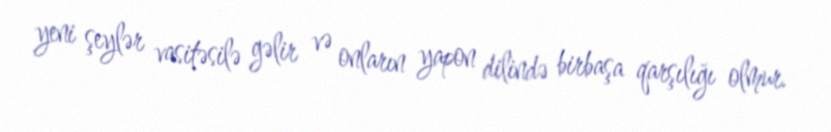
yeni şeylər vasitəsilə gəlir və onların yapon dilində birbaşa qarşılığı olmur.